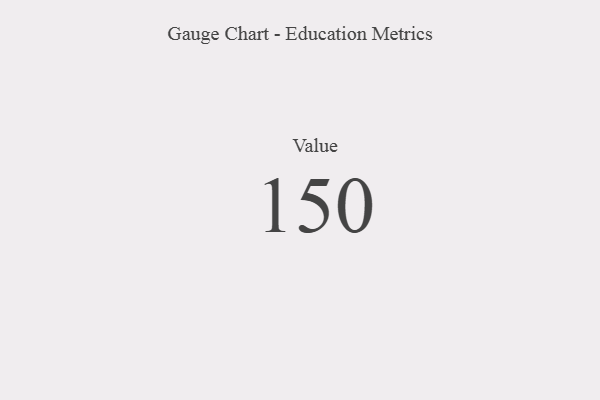
{"axis": {"x": "Metric", "y": "Value"}, "legend": [""], "data": [{"x": "Value", "y": 150, "type": ""}]}